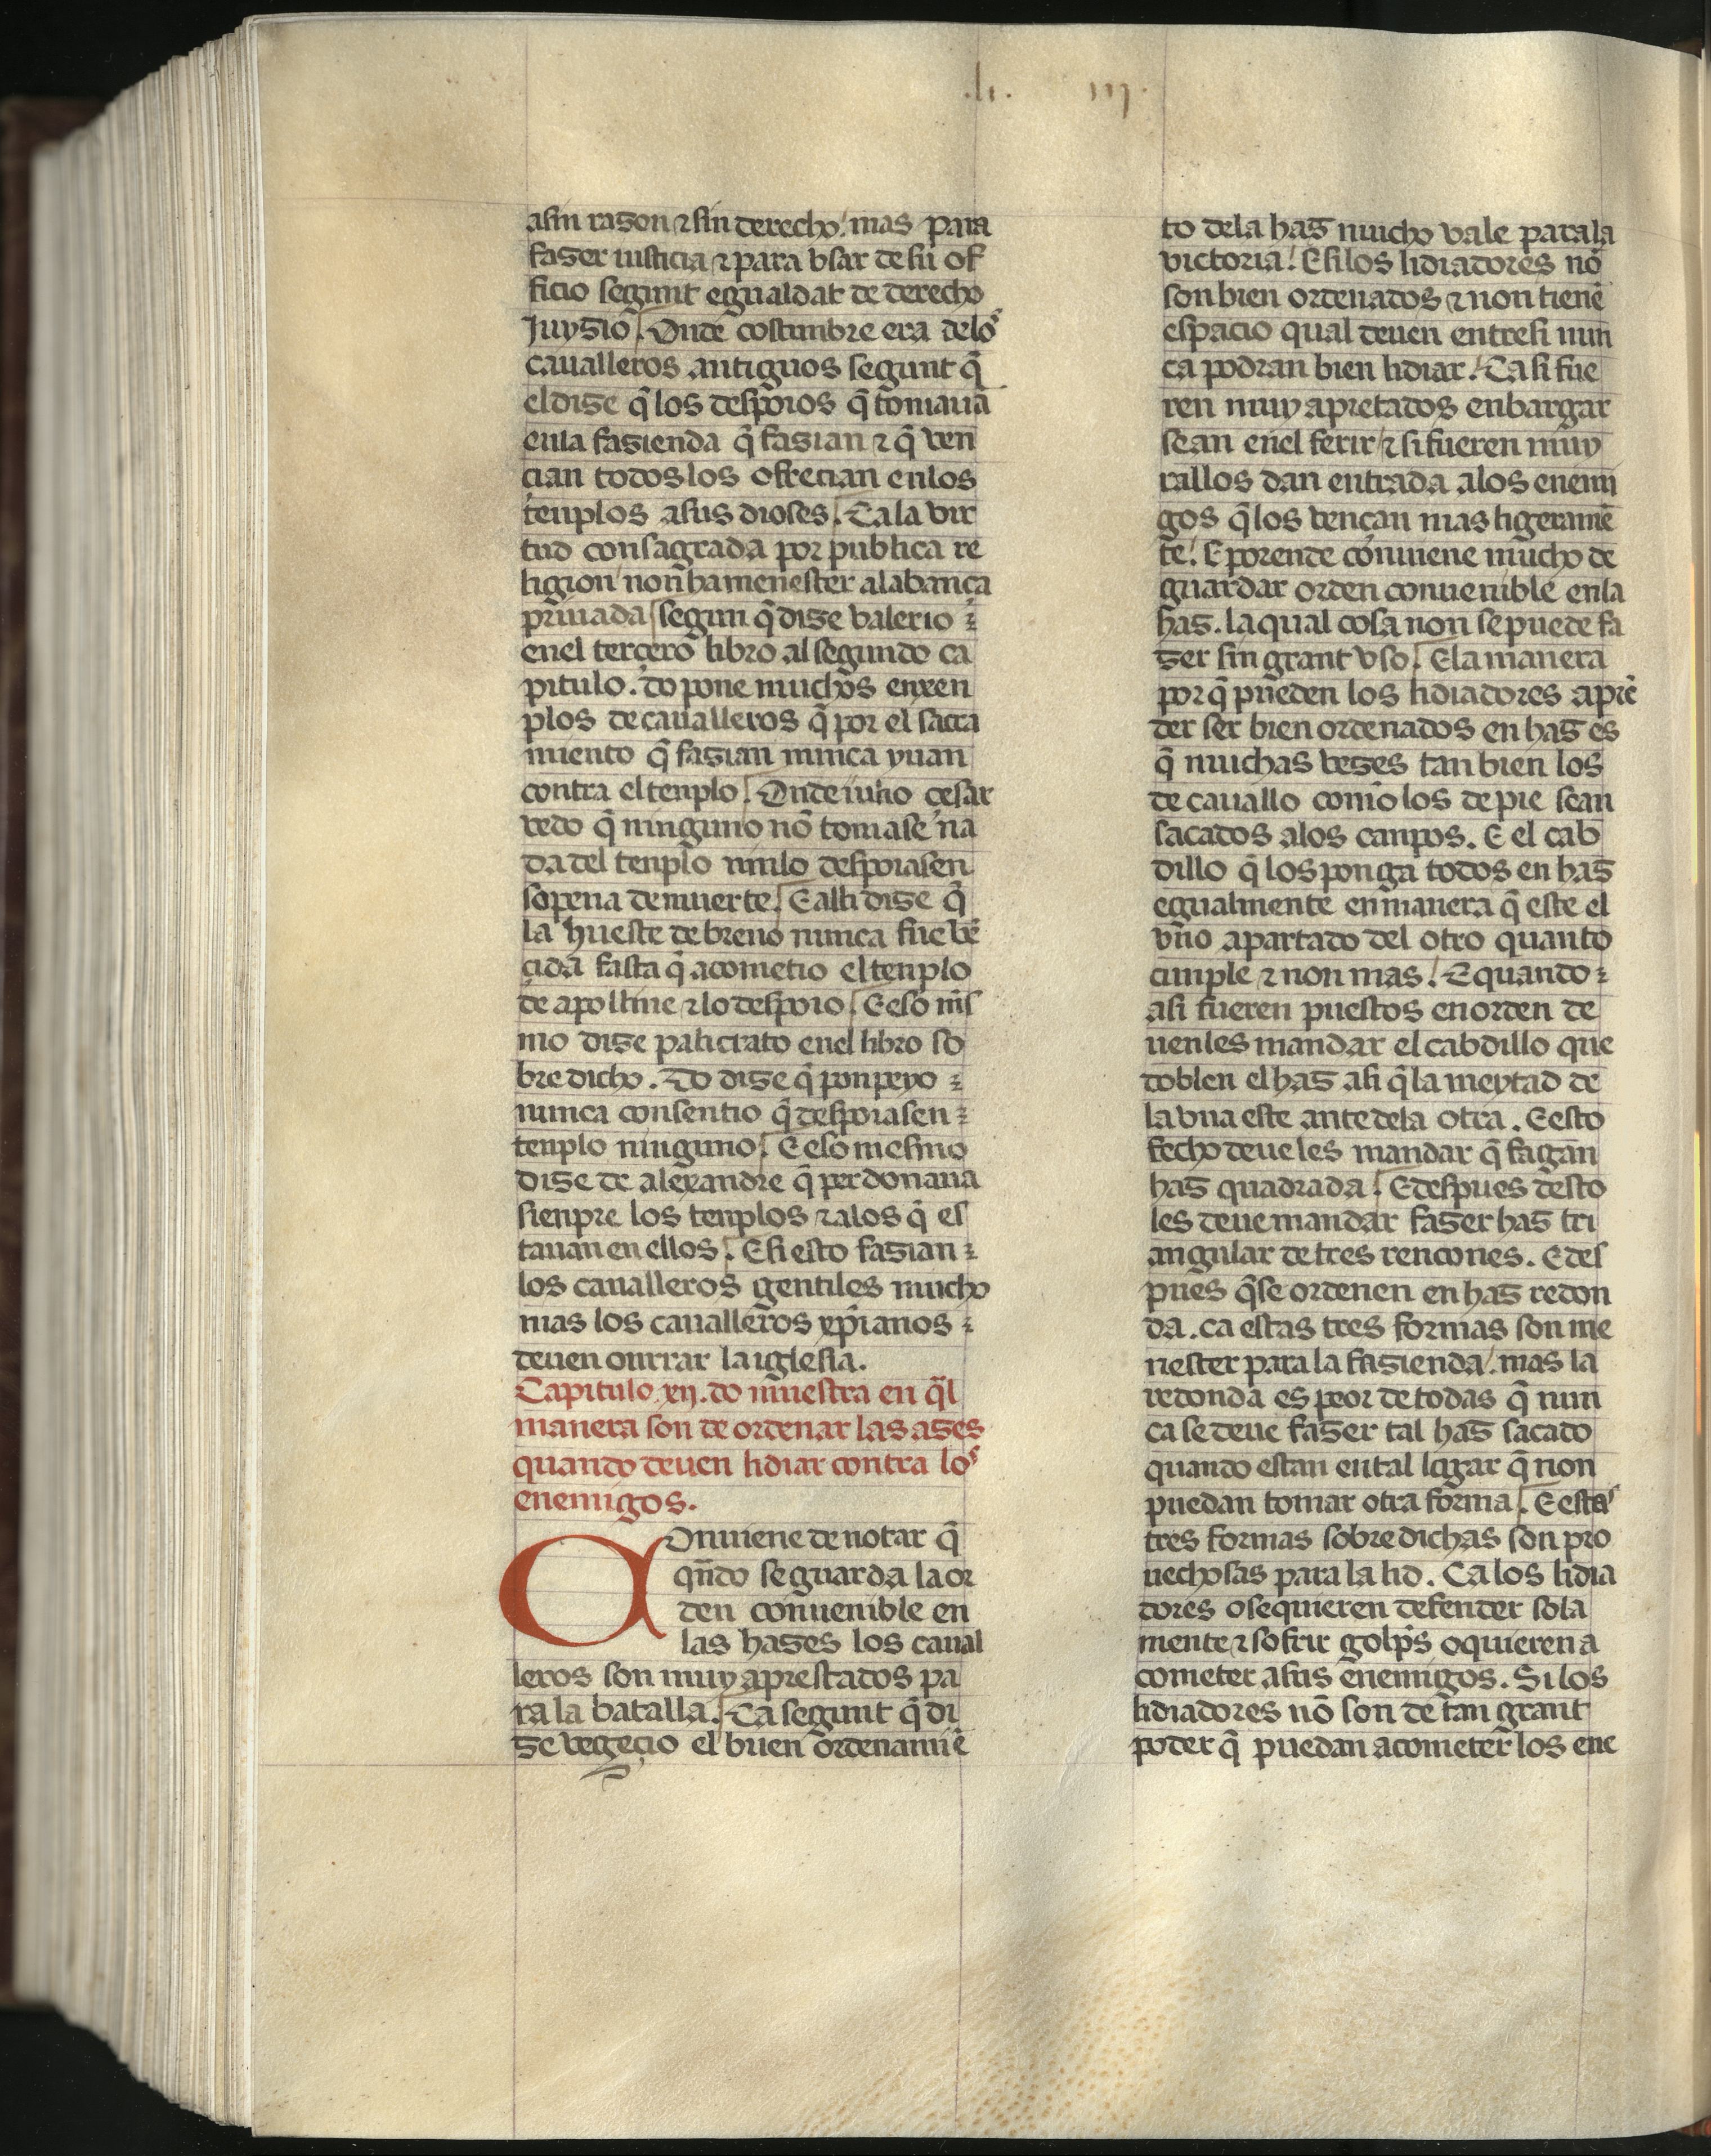
Shelfmark: Madrid, Fundación Lázaro Galdiano, mss 289
Century: 15